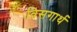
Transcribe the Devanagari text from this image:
विसगार्थ